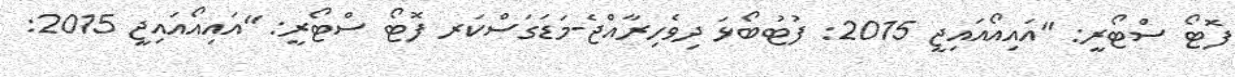
ފޮޓޯ ސްޓޯރީ: "އައިއޯއައިޖީ 2015: ފުޓުބޯޅަ ދިވެހިރާއްޖެ-މަޑަގަސްކަރ ފޮޓޯ ސްޓޯރީ: "އައިއޯއައިޖީ 2015: